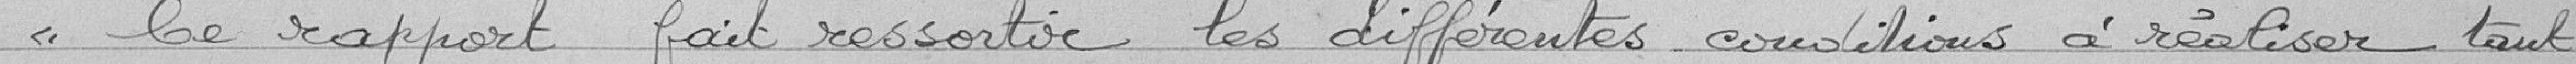
« Ce rapport fait ressortir les différentes conditions à réaliser tant